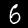
Label: 6